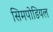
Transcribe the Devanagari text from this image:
सिमपोडियल